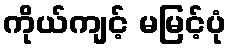
ကိုယ်ကျင့် မမြင့်ပုံ